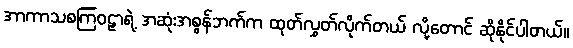
အာကာသစကြဝဠာရဲ့ အဆုံးအစွန်ဘက်က ထုတ်လွှတ်လိုက်တယ် လို့တောင် ဆိုနိုင်ပါတယ်။